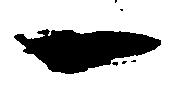
一